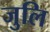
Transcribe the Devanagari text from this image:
जुलि